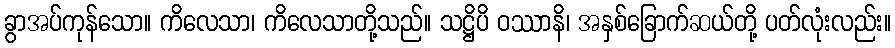
ခွာအပ်ကုန်သော။ ကိလေသာ၊ ကိလေသာတို့သည်။ သဋ္ဌိပိ ဝဿာနိ၊ အနှစ်ခြောက်ဆယ်တို့ ပတ်လုံးလည်း။